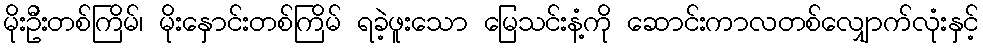
မိုးဦးတစ်ကြိမ်၊ မိုးနှောင်းတစ်ကြိမ် ရခဲ့ဖူးသော မြေသင်းနံ့ကို ဆောင်းကာလတစ်လျှောက်လုံးနှင့်